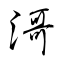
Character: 滒